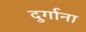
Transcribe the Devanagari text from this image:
दुर्गाना